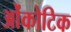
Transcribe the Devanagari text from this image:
ओंकोटिक